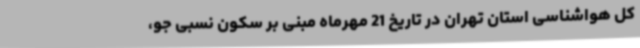
کل هواشناسی استان تهران در تاریخ 21 مهرماه مبنی بر سکون نسبی جو،